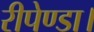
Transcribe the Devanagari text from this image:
रीपेण्डा।